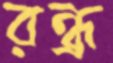
রন্ধ্র